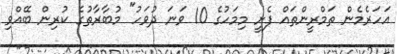
އަހަރެމެން ތަމްރީންތައް ފެށީ މިމަހުގެ 10 ވަނަ ދުވަހު" މުބާރާތުގެ ކުރިން ބޭއްވި